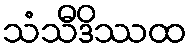
သံသီဒိဿထ